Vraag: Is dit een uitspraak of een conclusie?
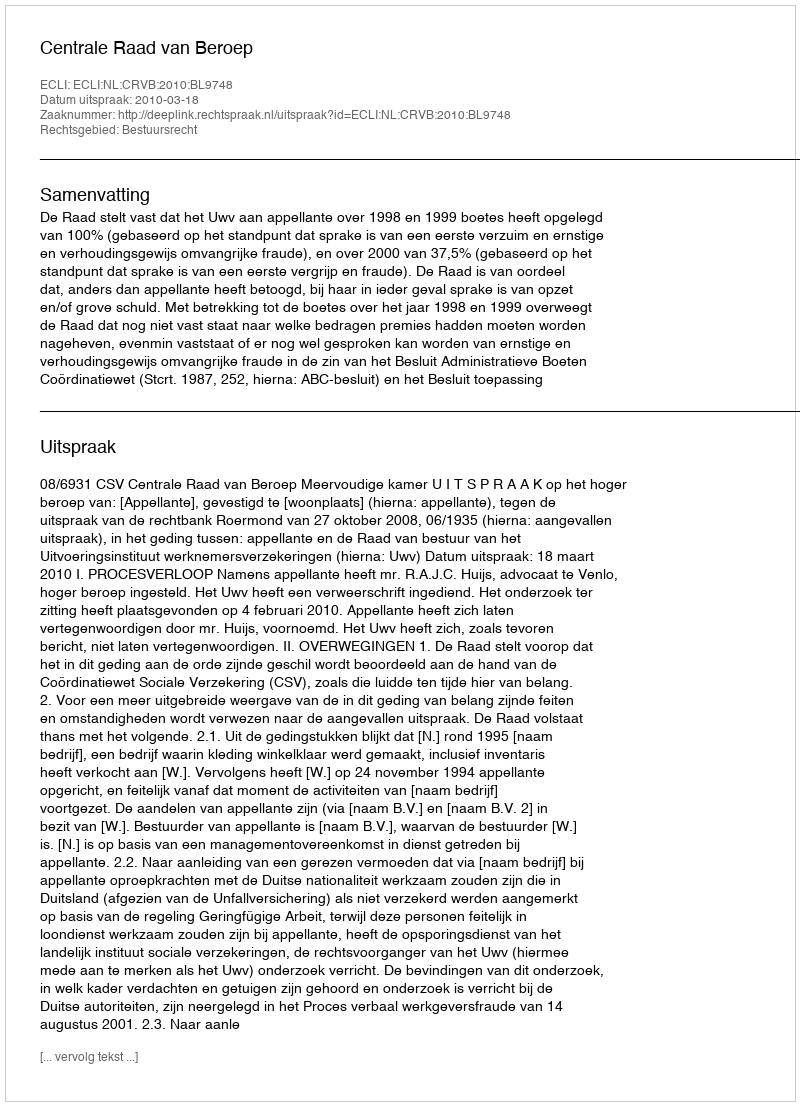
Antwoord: Uitspraak